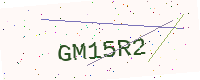
Text: GM15R2